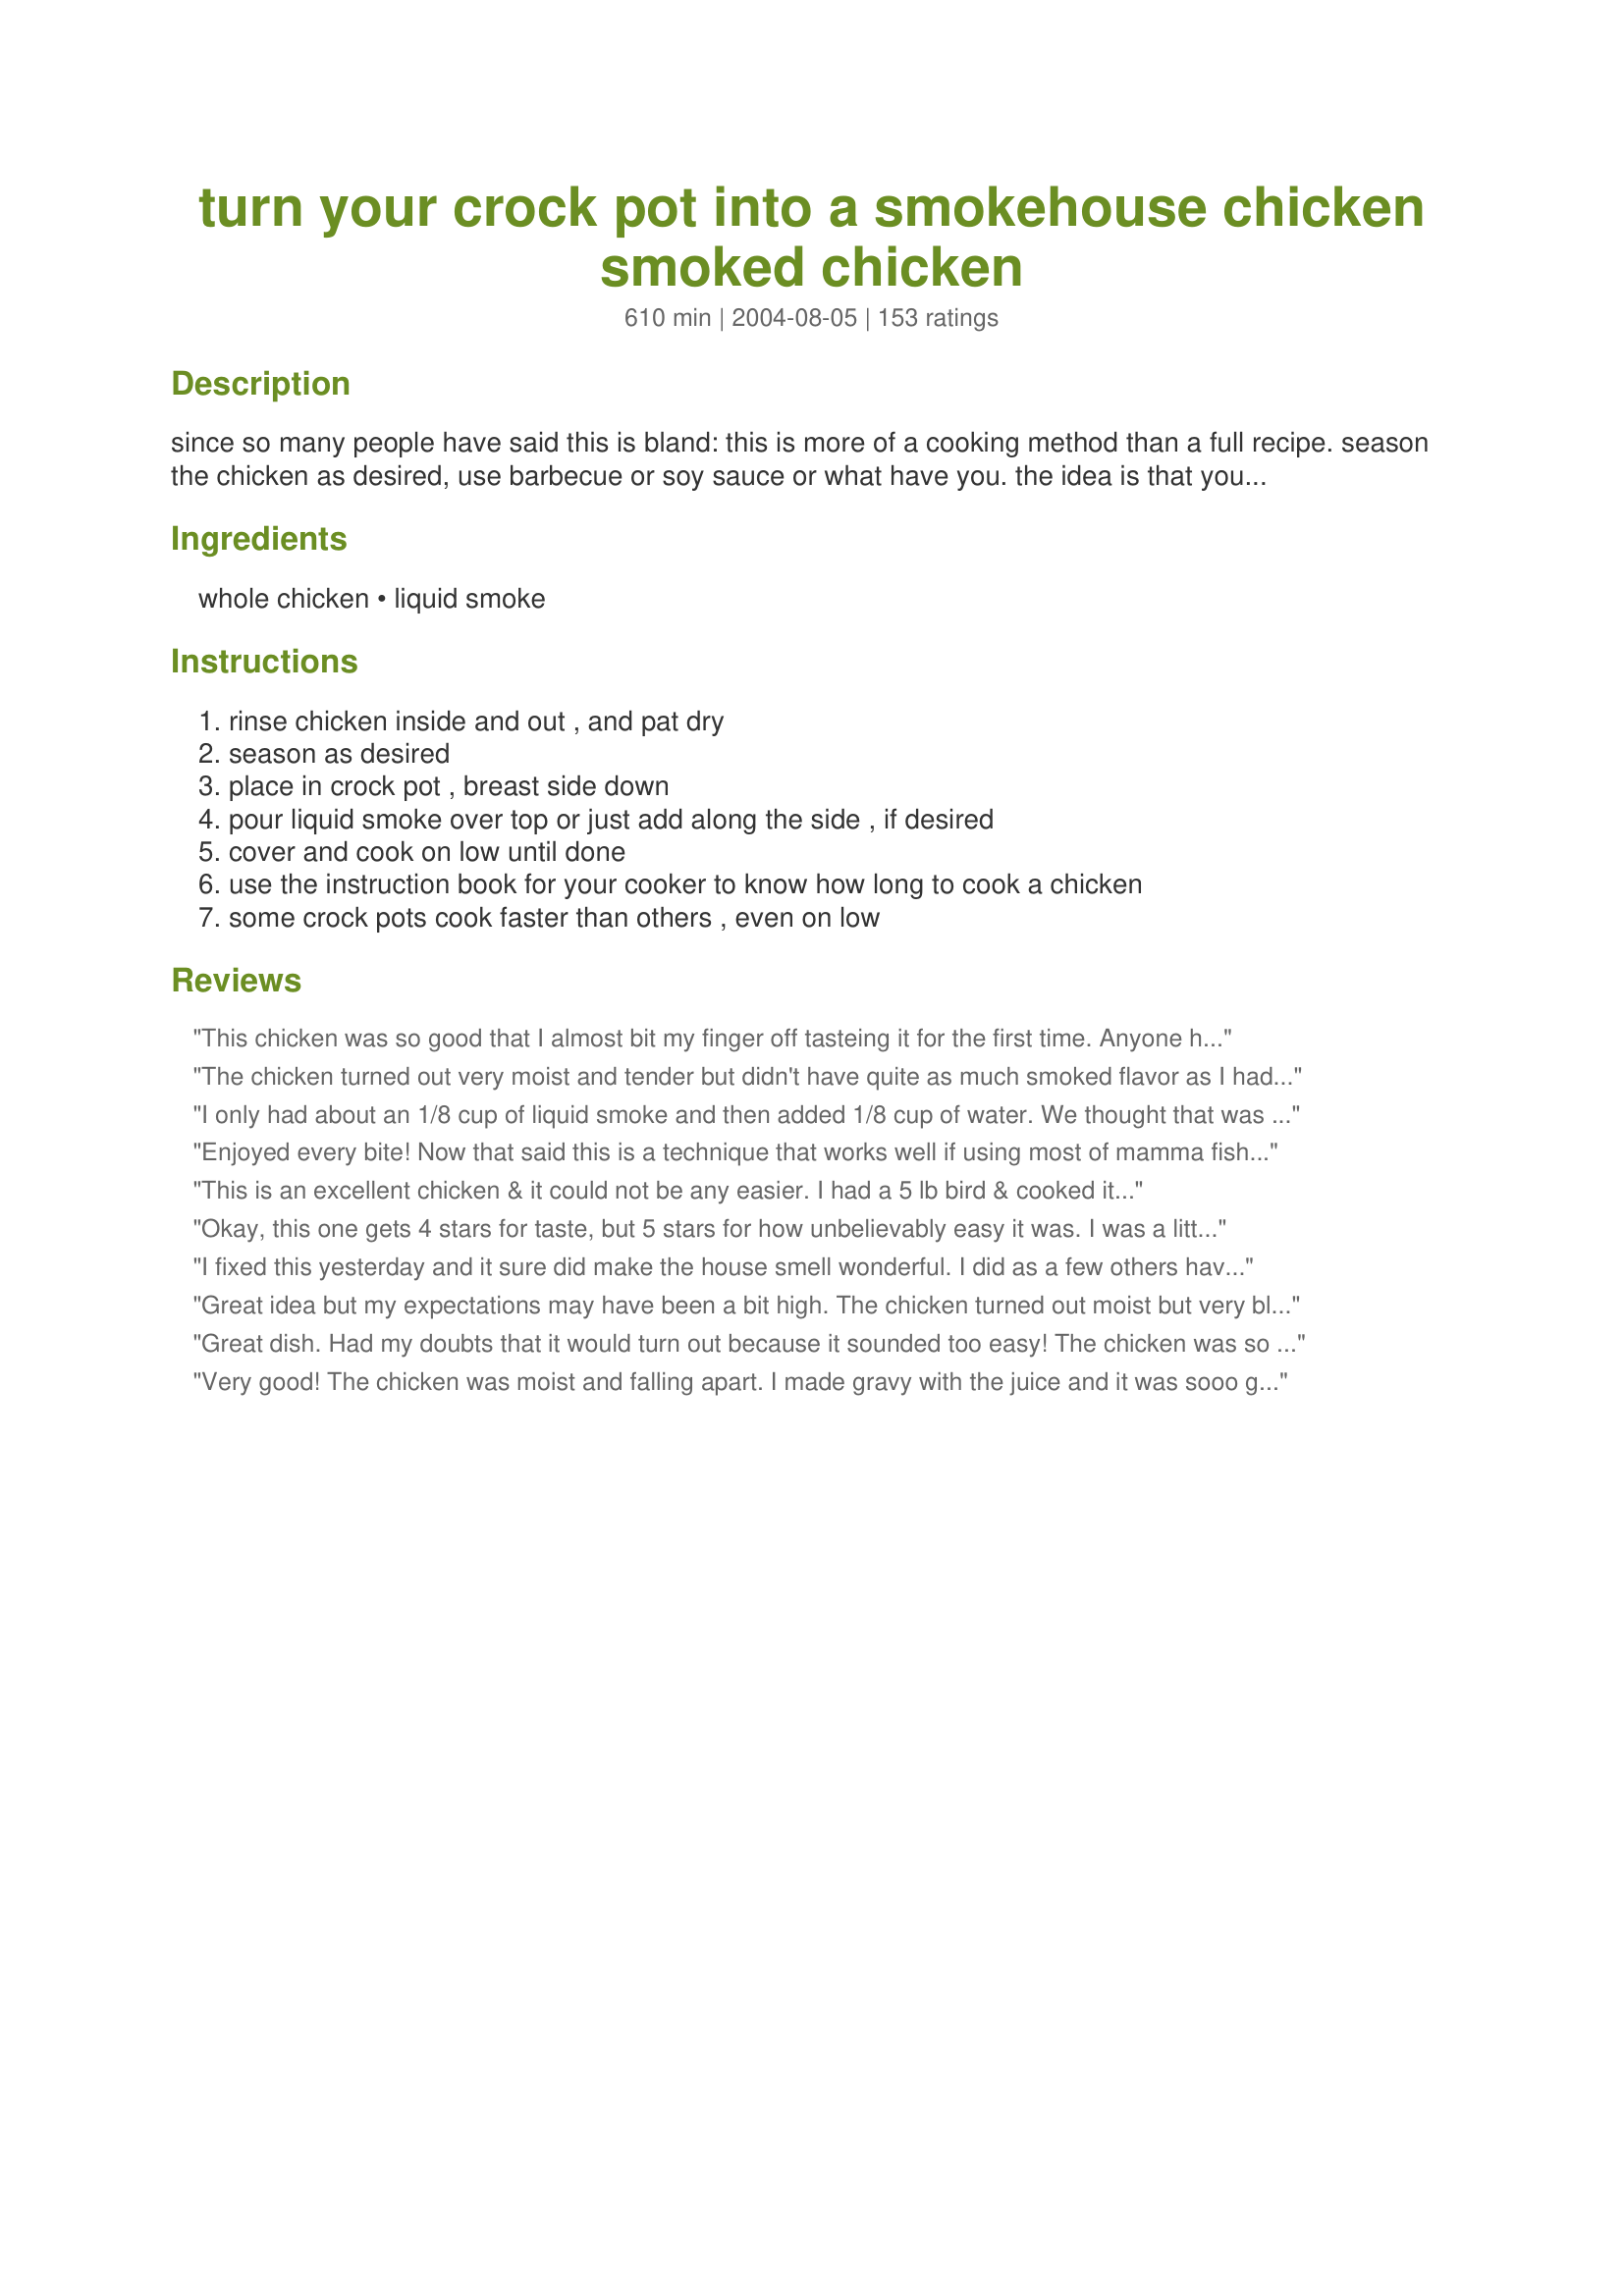
turn your crock pot into a smokehouse chicken smoked chicken
Preparation time: 610 minutes

since so many people have said this is bland:

this is more of a cooking method than a full recipe. season the chicken as desired, use barbecue or soy sauce or what have you. the idea is that you can get "smoked chicken" flavor with just your crockpot. if it turns out bland, then i guess you should have used some more seasoning.

Ingredients:
whole chicken, liquid smoke

Steps:
rinse chicken inside and out , and pat dry, season as desired, place in crock pot , breast side down, pour liquid smoke over top or just add along the side , if desired, cover and cook on low until done, use the instruction book for your cooker to know how long to cook a chicken, some crock pots cook faster than others , even on low

Reviews:
This chicken was so good that I almost bit my finger off tasteing it for the first time. Anyone here ever do that ? Smile. Thanks for the recipe. Terrific! 5 stars!
The chicken turned out very moist and tender but didn't have quite as much smoked flavor as I had hoped for. Might try adding more next time. Thanks for the recipe!
I only had about an 1/8 cup of liquid smoke and then added 1/8 cup of water. We thought that was perfect. It does make the house smell good while cooking. I seasoned my chicken with a lot of seasoning and thought the smoke gave it just a bit of smoke taste. I cooked mine on high for four hours and it was perfect. We all enjoyed this.
Enjoyed every bite! Now that said this is a technique that works well if using most of mamma fishy&#039;s suggestions. Started with a small young chicken that was still 90% frozen, after rinsing and drying seconded inside and out with McCormick&#039;s &quot;Grill Mates Molasses Bacon&quot;. Placed chicken atop a sliced onion and mixed 1 T. Worcestershire Sauce with 1/4 c. hickory flavored liquid smoke and 1/4 cup water and 1/2 a lemon juiced. Cooked on low for 10 hours and sorry no photo as it fell apart coming out of the pot it was so tender. Cooking breast side down is the secret as it kept the breast really moist and tender. Thanks for the post, we will be enjoying again.
This is an excellent chicken & it could not be any easier. I had a 5 lb bird & cooked it on low for 10 hours. I think next time I'll go a bit shorter on the cooking time. This is really, really good stuff!
Okay, this one gets 4 stars for taste, but 5 stars for how unbelievably easy it was.
I was a little skeptical at first, thinking the chicken would stick to the crockpot; but not only did it not stick, this was one of the juiciest birds ever. Flavor was nice; I plan to experiment with different brands of liquid smoke to see if one pleases us more than the others. Very welcome recipe. Thanks!
I fixed this yesterday and it sure did make the house smell wonderful. I did as a few others have suggested, and added some fresh garlic and sliced onions, and seasoned the chicken first. I also pulled the meat out and let it firm up a little in the oven while the rice cooked in some of the broth.(soft,white looking,wet meat not being one of my favorite things) <G>. The next time I will use some skinless chicken breasts as this was entirely too greasy for me; so I didn't eat more than a taste or two. But the flavor sure was great. and so easy. Thanks..
Great idea but my expectations may have been a bit high. The chicken turned out moist but very bland. I used a whole chicken and maybe more liquid smoke or salt would have helped. I'll use the leftovers for chicken salad, though, which I think will be quite nice. Thanks, TBG, for sharing your recipe!
Great dish. Had my doubts that it would turn out because it sounded too easy! The chicken was so tender I couldn't get it out of the crockpot in one piece..that's not a complaint! It was so moist and wonderfully smokey. In my haste to get it going before work I failed to recheck the recipe and actually used 1/2 cup of liquid smoke, which didn't seem a problem. Only thing I'd do differently is add some spices. We will definitly make it again..Thanks for submitting this great recipe
Very good! The chicken was moist and falling apart. I made gravy with the juice and it was sooo good over mashed potatoes. The only change I would make is to season the chicken a little more...I may try brining it next time. Thanks for a great recipe!
Fantastic!! My husband ate like a pig. I did't think he would even like it. I used leftovers in chicken crescent rolls. YUMMY! I had a 5lb. chicken and cooked on high for about 5 hr.
Excellent. I too added some seasoning salt and pepper and tossed an onion into the bottom of the pot. I made orzo with the juice and it was just great.
Wonderful recipe! It's so simple and the result tastes like I fussed all day. Even my "I hate smoke flavor" daughter loved it. I will be making again and again. Thank you for posting!
I love easy recipes for busy nights and you can't get much easier than this!! I added 2 cloves of garlic & an onion to the crockpot with the liquid smoke and the resulting chicken will be repeated at our house:-) I made gravy out of the juices to serve with mashed potatoes...another hit with my family. Thanks for sharing this recipe.
Very easy to make and very tasty! I got a late start on it and realized my chicken wasn't all the way thawed, so, I ended up cooking it on high for about 6 hours instead of the 10 on low that the recipe called for. It was still very juicy and good. I will definitely be making this again. Thanks for posting, TBG!
Smoky, smoky goodness! I used six large bone-in breasts and poured the smoke right over them. I also added a little worchestershire sauce to the bottom. Hubby came home a little late so it was left in the crock a total of about 10 hours, but it was so good! They fell apart when I tried to take them out so I just shredded into pieces on the plates. Excellent recipe and couldn't have been easier, thank you! 
~Lana~
OMG! This is DELICIOUS and oh so easy! I too have the concentrated smoke and used about 2 teaspoons only. I cooked all day and it was out of this world! Whole family LOVED it! THANKS a MILLION!
Absolutely wonderful! The chicken was so moist with a great smokey flavor. Everyone in my family loved it. I can't believe how easy it is to make. This is a keeper! Thank you!
This was GREAT, even better than chicken off the grill. I used breast and wings only. Can't wait to try it with ribs.
Delicious. My liquid smoke did not have salt and I did not add any. So far, I have enjoyed this chicken with vegetables warm and cold in a sandwich with BBQ sauce. YUM! Thanks for sharing with us.
Very good recipe. I made this yesterday but I used five chicken breasts instead of one chicken. It made a ton of broth for gravey. My husband, who hates chicken, acutally loved this recipe. Awesome Bobbie Girl!!!
This was good. The skin of the chicken ended up a little crispy, which was maybe due to overcooking? Either way, the taste was very good.
This was a very easy recipe for dinner tonight. Couldn't wait to eat the chicken, with the aroma flowing through the house. The chicken had a mild smoky flavor. 
My family really liked it. Will be making this again.
This was great! Thanks!
MMMmmmm! What a great easy recipe. I started my University classes again today but also wanted to have my parents over for my mom's birthday. I put 2 chickens into my large crockpot and used 1/2 cup of the liquid smoke. I put crockpot stuffing recipe#49609 in my other crockpot added a few sides and served Autumn Apple Pie for dessert recipe#72672. We ate very well and I did not spend all day slaving over a stove. The chicken was so moist and tender. Thanks for sharing this recipe. 

WOW!!! If I can please everyone at my table it's got to be GOOD. This chicken had a wonderful flavor and was so simple to prepare. Thank you.
I made exactly as directed using liquid smoke that did have added ingredients, but we still enjoyed the flavor. The ease of this dish is quite attractive to a working woman. I wil be making this again!
Call me crazy, but I had to do it. I had a fairly significant kitchen fire within the last few days and have been reduced to cooking with only a grill, a crock-pot, and a coffee maker. When I saw this, I figured I'd try, as it seemed to fit the "theme" of my house currently (smoke-y!).
This is fantastic: fall-off-the-bone, tasty, and actually makes the house smell better!!!
Thanks for a great recipe, TBG!
review #80 loves the recipe too. we don't eat dark meat so I put 3 whole chicken breast in the crock pot and they could not have been more delicious. leftovers, I don't think so, not with this wonderful recipe, next time maybe.
Hail the genius TBG!!!!!! This is way too good to be true! I cannot believe that this was SO simple and SO good! I seasoned my bird with garlic powder and some seasoning salt before I poured the liquid smoke over and turned on the crockpot! I will make this every chance I get. Not only is the chicken incredibly moist and just lightly smoky tasting but making gravy from the drippings is super! How would have thought something that takes all of 2 minutes to throw in the crockpot could be so gosh darn fantastic! Another Zaar MUST try recipe!
My entire family loved this! I think it turned out perfect I didn't add salt but the meat was so flaverful that I didn't need to. I will be making this often. Thanks for a great recipe.
This chicken was fantastic and so easy! I could hardly get the chicken out of the crockpot in one piece. It was incredibly juicy and tender. We had the levtovers for lunch the next day and it was great even a day later. This is a wonderful weekday meal; just add a side of rice and vegetables and it's finished!
I found the flavor of this very bland, not at all what I had expected.
Not a fan of the recipe. The chicken was tender but not much flavor. The smoke smell is overpowering.
Didn't get too impressed with this...UNTIL we had the leftovers! OMG! Delicious when cold, makes fantastic sandwhiches,fajitas,scrambled eggs, and omlets.
Thanks for this new recipe!
This is so simple... you have to love it. I used a 1/2 cup of smoke: 1/4 in the cavity and 1/4 in the pot. I also found that I needed to add some kosher salt toward the end for a little extra flavor. The result was great and the leftovers were even better.
This was a wonderful dish...and you are right the gravy that it makes is amazing! Thanks for sharing.
WOW! Thanks for this recipe! I put it in the crockpot last night and took it out this morning. It fell completely off the bones! Brought some to work for lunch and YUMMY!!! Didn't even wait until lunch time! Can't wait to have more for dinner!
Super easy fall off the bone chicken. Nice to come home and have dinner ready with almost no prep. I did put the chicken on a layer of thick cut onions and stuffed one inside, then turned it out when done into a baking dish to broil just to crip up the skin. Thanks for the great recipe!
This was a very interesting recipe. My sons thought the chicken tasted good, but didn't like the texture. I many have cooked it too long. Next time I will try for a shorter time. I believe 10 hours may be too long for our family so I will have to experiment. It was easy though, and I look forward to trying it again. I might find some tips from others reviews when I take the time to read them.
This was excellent! Everyone liked it - that is VERY rare in my household. I made gravy with the liquid and it was wonderful over mashed potatoes. I generously seasoned it with salt and freshly ground pepper and poured the liquid smoke all over the bird including inside the cavity. I cooked it on low for about 8 hours and it was falling off the bone. YUM! I can't wait to make the leftovers into chicken salad! Thanks for posting!!!!
Add me to the 5* list, this was wonderful! Came out juicy with, believe or not, almost crispy skin. I cooked it for 10 hours and we had it with HeatherFeather's Lightened Scalloped Potatoes, recipe #97648, and some corn....perfect combo! Effortless dinner, priceless. Thanks BobbieGirl for making my life easier tonight :)
I could not wait to try this recipe especially since it has such rave reviews AND was so easy. After cooking it according to the instructions and even salting the chicken inside and out, it was very bland. I could barely taste the smoked flavor. However, I will try it again with a few changes. Next time I will take some others advice and add some seasonings to it like fresh garlic.
Very, very good chicken. At first I thought the liquid smoke flavor would be overwhelming, but it was not. Just a hint of the smoke flavor. I tried to get the whole bird out of the pot to photograph, but it fell apart. I will cook this again when I crave smoked taste and it's too cold out to fire up the smoker. BTW one chicken, two adults, no leftovers! Thanks for sharing!
5 stars more for the ease of this than the taste. 3 1/2 to 4 stars for the taste tho. I salted it and glad I did. Its a great way to make chicken to use for other things. I used it to top some salads for lunch. It didn't take the full 10 hours, it was falling apart at around 8 hours. It wasn't as smoky as I thought it would be, not necessarily a bad thing tho. DH liked it very much. I'll be making this again. Thanks for posting.
Great idea! This was so simple and turned out great! I threw some sliced garlic into the pot, and salted/peppered as some others have said to try. Also a good idea to add onion and 1/2 of a lemon. The whole house smelled like yummy smoked chicken. I used the chicken to make enchilladas (thanks to MizzNezz for that recipe) for lunch today. Thanks Bobbie!
This was great. I added some seasoning before putting in the crockpot then added the smoke flavor and let cook for about 6 hrs on high. Served it with mashed potatoes, salad and corn with gravy made from the broth in crockpot. Extremely good.
Sorry...we really didn't like this recipe. It scores points for being easy enough for my husband to throw in the crockpot while I'm at work, but it turned out pretty flavorless and dry. I didn't look forward to my lunch of leftovers the next day.
Make sure the bird is completely dry before you put in the pot, that made the great deal difference. Great dish.
I can't believe I have not written a review for this recipe before now. Beyond easy to make-comes out perfect every time. I do lightly salt the chicken as well as dust with granulated garlic. I use this "smoked" chicken recipe all winter long for whole meal salads as well as paninis. It's a rockin' recipe!
I felt this chicken was a little bland.. but would taste good served cold with a chicken ceasar salad or something.. but it did lack a little spice to it.. definitely tender though
I think some of my reviews have vanished! This is really good and so easy. Friends who have eaten this always ask for the recipe. Thank you so much for posting.
This was extremely good. I've never had hickory smoked anything before. Bottled BBQ Sauce doesn't count ;) I followed some previous suggestions, and changed a couple of things. Don't know that it made a big difference from the original, as I hadn't tried it that way. All I know is I *will* be making this one again. I sprinkled black pepper and garlic powder in the cavity as well as under the breast skin. I then stuffed inside with some leftover recipe #220408 I was saving to have for lunch. I then sprinkled the outside with McCormick Red Pepper and Garlic Mix. Because others had commented on the amount of juice, I followed another method recipe #182629, and set the bird, breast down on top of inverted foil tart tins. This kept the meat out of the sauce. I then sprinkled it with the liquid smoke. I probably only used about two tbsps, but with the other stuff on there, I didn't think I would need the original amount. Worked like a charm. After 5 hours (small bird) it was done. I lifted it out with the help of a slotted spoon and put it in a pan breast side up in a 350* oven for about 3/4 hour to crisp up the skin. I gotta tell you, with the combination of the stuffing, spices and smoke, we had one heck of a good meal. I served it with Recipe #189852. Another terrific recipe. Thanks for the post. I may not have follow your directions completely, but if it wasn't for you......I wouldn't have done any of this. Cheers!
This was really good. I was skeptical as most, but it was as if I had smoked it outside--without the mess. I brined chicken thighs in strong salt water for a couple of hours then rinsed and patted dry. I then seasoned them as I normally would and set them in the fridge overnight. Put them in the crockpot on high for about 5 hrs and then crisped the skin under the broiler. 2 thumbs up from all 10 hands here! LOL
This is Great! The chicken was large but cooked in about 8 hours.
The smoked flavor was more pronounced in the dark meat and light smoky flavor in the white meat. We liked it so much we ate sandwiches with it the next day. 
I also froze some for another meal.
Thanks for posting.
Great, EASY, recipe! I added the garlic as some suggested and seasoned salt. I used a whole chicken and it cooked up great. Difficult to get out of the crock because all the meat just fell off the bone! Made a 5 dollar chicken into a great meal! Thanks Bobbie for sharing your recipe!
This was phenominal!!! The delicious smell of this cooking all day drove us wild. I used 3 lbs of chicken leg quarters (skins removed) and they came out so moist,tender and full of great smokey flavor! (I seasoned the chicken, too.) I made gravy from the drippings for mashed potatoes. The whole meal cost less than $2.50 and We-Ate-Like-Kings! Thanks so much for this recipe!
This is absolutely DELISH! This has to be the fastest and easiest recipe ever - cheaper and quicker than fast food! I bought a whole chicken for $3 and the liquid smoke was 88 cents. This was so tender and juicy, the meat just fell off the bones, and it smells so good. I prepared this exactly as the recipe states. Takes 2 min to prepare and you are done. I'll be making this one a lot - thanks so much!
This was SOOO easy and so incredibly good! The chicken came out very moist and tender and with such wonderful flavor! Thanks for sharing this - I'll be making it again, soon!
I wasn't really impressed with this! It was way too smokey, and it was kind of greasy. It's not something you want to make when you are craving a piece of chicken cuz it just falls apart. I actually used the chicken in a salad and it was good that way.
Three words sum up this recipe: TO-DIE-FOR!!!! So good!!! I sprayed the crockpot with cooking spray, put 1 1/2 large onions, sliced, on bottom of the crock, then added the chicken that I had coated well with kosher salt,coarsely ground pepper and McCormick's 'Grill Mates Montreal Chicken Seasoning'. (Rubbed some of the salt & pepper under the skin of the breast and also sprinkled inside the cavity). Used about 1 or 2 T. Worcestershire Sauce 1/4 c. hickory flavored liquid smoke, 1/4 c. water and then squeezed 1/2 a lemon over top and then stuffed it into the cavity. Cooked on LOW for 12 hours. YUM-O!!! Thanks for this wonderful cooking technique ThatBobbieGirl!! It's a keeper. NOTE: This was not overly "smoky" or bland at all!
Neither my kids or my husband were dazzled by this. I made a pot pie out of the leftovers but the initial chicken was not a winner
I cooked this the other day and we loved it. My neice wants to cook it for parents. Excellent!!!!!!!!!!!
Orignally, I was going to give this recipe only 4 stars, because we had this chicken hot out of the crockpot on Friday night, and you know what? It just wasn't that special. BUT... there's a very important BUT in here, pay attention! But... we had the chicken cold the next day, and it was wonderful! I followed the advice in TBG's edit of the recipe and check the ingredients of my Liquid Smoke and saw that it did contain salt, so I left that off the chicken. I did add a good amount of paprika, since I'm Hungarian and can't make anything without paprika. I cooked it in the crock on high for 4 hours and then on low for 4 hours. We are most certainly going to have this over again, as a cold dish, for sure! Thanks, TBG, it's another winner!
This was the first time I ever cooked a whole chicken in the crock pot, and it was AMAZING. Its just me & my husband, so I cooked a 3lb chicken for 6 1/2 hours on low. It was so moist and tender and fell right off the bone, so nothing went to waste as it usually does when I buy a rotisserie chicken. I never had smoked chicken before so I cant say if the smoke flavor was enough or not, but I liked it...Add whatever seasonings you usually like on your chicken...you wont be disappointed!
The house smelled so heavenly as this cooked, my kids almost couldn't wait to eat! I set my crockpot for eight hours and it seemed a little overcooked, it didn't just fall off the bone, it fell off in little shreds that was great for bbq sandwiches but not so great for slices of chicken. I would love to try this method with RIBS.
My family thought this recipe was very good! The only thing I done different was use Paul's Seasoning Mix #106428 to rub on it before I put it in the crockpot. The smokey flavor comes out in it the next day even more. Can't beat this recipe! Thanks for posting.
After reading many of the reviews, I decided to cook my bird covered in the oven. I rubbed the chicken with kosher salt, garlic powder and hickory smoke flavor powder (from Great American Spice Co.). I poured the liquid smoke in the bottom of my blue enamel chicken roaster and added a small amount of water. It was done in about 2 1/2 hours for a 4 pound chicken. I did baste it a few times during the cooking process. I always leave the skin on as it keeps the meat moister. It was really good and I didn't notice that the house smelled too smoked up after it was done. I love smoked meats, but always wonder if they are "really" cooked through. Hubby thought it was wonderful. Bobbie Girl, thanks for a great idea! I will be making this one again!!
Yum! Only change I made was adding a bit of Rotisserie Chicken seasoning, and used chicken breasts instead of whole chicken.
I love it too! I didn't know what exactly to do with the "juice" so i put it in a saucepan and made rice with it and it is almost as good as the chicken itself! I took the chicken out of the crockpot and let it crispen up in a very slow oven for about 45 minutes and this is just amazing, thanks so much!
Wow. That's all I can say. So easy, yet so rewarding. This chicken fell to pieces when I tried to take it out of the crockpot. Hubby raved over the aroma that drifted throughout the house as this stuff cooked. I doused down chicken breasts and thighs with poultry seasoning, a little salt & pepper and then added the liquid smoke. Good one.
Wow! Okay this was gooood. I left it in the crockpot for 8 hours and came up with ALOT of liquid. I couldn't get the bird outta the pot in one piece it was so tender. I could only find concentrated liquid smoke so I ended up using 1/8th of a cup and cutting it with water. I sprinkled some Emeril poultry seasoning on it and it was tasty.

The liquid that was left, I used to make rice, shredded what was left of the chicken and tossed in a small can of mixed veggies. This turned into and excellet dinner the next night!
Made this on my birthday for an easy meal after supper. It was delicious, and I used the leftovers to make chicken salad.
I tried this recipe long ago, and have subsequently made it many times with great pleasure. It was not until today that I realized I had never rated it! The only reason I caught my failure to review and rate is that today I tried this same method with a Boston Butt Pork Roast. To my delight, it turned out just as superb as the chicken did!!! This is way to easy with either chicken or a pork roast to be as tasty as it is. With the pork roast, I ended up with WAY more juices than I did with the chicken...which is quite alright with me...just more sauce to thicken and serve over rice or mashed potatoes! I'll have bunches of "gravy" to put in the freezer with some of the pork for quite a few future meals(I don't think it will last very long, though). Thanks ThatBobbieGirl for a real keeper, and one that I am sure I'll ALWAYS enjoy!
This worked out alright. Next time I will add onion and some more seasoning. Also I used chicken breast, next time I will make sure that they are facing down in the pot.
We enjoyed this dish very much. The house smelled terrific during cooking. The only thing I would do, as mentioned in other reviews, is to add seasoning to the chicken. We served with rice cooked in chicken broth and a green salad. Very yummy!
I'm sorry, but I followed the directions exactly. The chicken was extremely tender, but the taste was worse than bland. I am using the leftovers in a casserole tonight. I will use the general idea again, but put seasoning on the chicken first. Thanks for sharing your recipe; maybe it's just a difference of taste!
This is incredibly moist chicken - a lot like rotisserie chicken. Also, the juices really did make excellent gravy. However, I unfortunately have to agree with those who said the meat was bland. I even basted the bird a couple of times while cooking, including squirting some of the juice under the skin! I tucked a halved orange and some garlic inside the cavity, and THAT was what we tasted. Maybe putting some Liquid Smoke in the cavity would help? Even though I was disappointed with the flavor, I had never cooked a whole chicken in a crockpot before and I was very happy with how tender it was, so I figure that and the good gravy is still worth a good review! Thank you
My first recipe ever made from this site and the whole family loved it! After reading reviews I decided to pull the skin from the breast, put two pats of butter and lemon pepper rub underneath. Also put an onion in the cavity with some butter, covered the whole thing with lemon pepper and garlic powder and through a lemon cut up into the pan. Turned out GREAT. I also cooked the last hour in a slow oven to brown. We loved it!
I hate to be the bad apple in the bunch but my entire family was very disappointed. We thought the flavor was too bland. It needed some seasoning or something. I ended up heating some soy/ginger sauce up and pouring it over it so that we could eat it. Very disappointed.
I made this for my husband and he thought it was really good in a sandwich! I'm a vegetarian - I just cook the stuff! :) I seasoned it with salt, pepper, garlic powder and Lawry's seasoned salt. Next time they are on sale I may do chicken breasts (with skin and bones, not skinless) because it would give more meat for the effort. For the people who said it smelled up the house - I could smell the cooking a little, but no more so than any crock pot recipe. I think your crock pot may not seal correctly.
Well we all loved this recipe but I didn't think it was "smokey" enough. The gravy was phenomenal with mashed potatoes, I will be making this again but may add more liquid smoke.

Thanks for the recipe! I used a bone-in chicken breast half rubbed with Penzy's North Woods Fire and cooked it for about 4 1/2 hours in the crockpot. It worked very well and I'll definitely try it with a whole chicken next.
Super easy to do, I used a rosemary garlic rub, but I think a cajun rub would be even better. I put it in the crock pot in the morning and had dinner waiting when we got home after a long day. Served with red new potatoes and roasted corn.
This was SO good and easy! The meat was very tender. I rubbed the chicken with salt and pepper as suggested and also sprinkled some Mrs. Dash Garlic and Herb seasoning on it. Very good recipe and we all liked it a lot! I was going to use the leftovers to make another chicken recipe...I didn't have enough because we ate so much! Thanks and I'll definitely make again!
Would also recommend using some seasoning on the chicken. I never used liquid smoke before...assumed it's flavoring would take care of it. I have a small crock pot...within 2 hours the meat was falling off the bones. Was left with pieces which i could have used for barbeque sandwiches. Without seasoning first I thought it was bland tasting.
Wow! This is fantastic chicken. From the reviews, I wasn't sure how well this would turn out but I knew that at the very least the chicken would be fall off the bone. I didn't modify the recipe other than to add salt and fresh ground black pepper to the chicken. The 3.5 pound chicken was on low for 5 hours then 45 minutes at 350 to crisp the skin. It turned out a beautiful mahogany colour. There were also 2 cups defatted juice that has been reserved. Too tired for a full meal, I picked at the bird with no side dishes and was perfectly satisfied.
This is just delicious and will be a regular on the menu! Thanks for the recipe! It has already been passed on.
I made this recipe many times but find the chicken tastes better the next day cold. Seems like the flavor of the smoke gets stronger when cold.
Well "ThatBobbieGirl" you certainly caught our interest with this recipe!
After reading all the reviews I just had to try it. Amazement is an understatement to the amount of gravy I found when I opened my crockpot this a.m. The gravy was more than half way up the side of what was once a whole bird. The chicken was at 1st glance still resembled a chicken, but as I went to left it out it basically disintegrated into moist, tender morsels of meat. Cooking has been an avocation of mine for many years and I must say I've never seen anything quite like it, especially with only 1/4cup of liquid. When I prepared it for the pot I did add salt, lemon pepper, a whole head of garlic unpeeled and was tempted to add worcestersauce but reframed from doing so. But the gravy and the meat have but the merest hint of smoke flavor. My taste buds had to even search for that. Perhaps the liquid smoke I used was too old. I cooked it for 9 1/2hrs. I will use this method again for whenever I want moist, tender, fall off the bone meat, even for an old rooster, if I could find one. I'm only giving this 4 stars because even with the few seasonings I added it was quite bland. But know, this is a KEEPER and I will be experimenting with your recipe. I am also passing it along to friends. Thank you so much and all of the reviewers before me.

Sorry, too smoke flavor for me.
This was great! The family loved it! DH said, "Don't lose that receipe!" 

I did follow the advise of others...added water and spices that we liked. I also didn't have enough liquid smoke so I just used what I had on hand. 

It was even better the next day!! Thanks so much for this receipe.
I put this on today because I work splits (mornings and nights) and I wanted something easy for my husband to serve. I sampled it before I came to work, and it tasted great. Was ready before I expected it to be however, and made TONS of juice, so much that I moved it into the large crock to make sure it didn't overflow. Will have to adjust the cooking time for my crock (started it in an older one, but I think I had a smaller hen.)

Thanks for sharing!
What a unique and creative way to cook an old bird!! This was marvellous!! And the defatted sauce made a terrific gravy! Love these simple but fabulous recipes!!
This was good and easy to make. I rubbed some onion powder and garlic powder under the over the skin and tucked a onion inside the bird. The amount of juice was amazing and I had to pour some of it out half way through. It wa very moist and tender after 10 hours and as many others reported, fell off the bone. 
Thanks!
Very good chicken. After reading the previous comments about the bland turnout, I rubbed the entire chicken with lemmon pepper and rotisserie seasoning. I also halved a lemon and stuck that in the pot as well. It turned out very moist and tender. I look forword to all the leftovers we'll have this week!
BF and I LOVE smoke flavor, so I couldn't wait to try this recipe. It was very easy to prepare and smelled wonderful while cooking. Unfortunately, it seems that was as far as the "smoke" went. I had added some spices as other reviewers had suggested, and I even put some of the liquid smoke into the cavity of the chicken. The smoke flavor did not get into the meat at all. Even with the other spices I had added, we felt it was quite bland. I gave it two stars for ease of preparation. We both agreed that we would not have this for dinner again. Sorry.
Very Easy!! I cooked this for my next door neighbors for dinner. They love it..I love it. Thank You so very much for a tasty easy chicken. Hugs
Oh Bobbygirl! this made a big hit at my house!They rated this an 8 "would eat every week!
Thanks for making Sundays
easier!
I made this last night using leg quarters.We all liked it kinda taste like a chicken we get at a smokehouse.
This worked out well. I added some chopped onion to the bottom of the crockpot and them rubbed some Famous Daves Chicken seasoning along with poultry seasoning on the outside of the chicken as well as the cavity. I let it cook for seven hours and it was too long, next time I will check at six hours, but didn't make much difference to us, we enjoyed this chicken anyway. Thank you for sharing.
Very good chicken and one of the only successful ways I've made chicken in a crockpot--and so easy too! Thanks for sharing!
I will give the negative point about this recipe first. DH and I had never had smoked chicken, we decided to try this. We discovered that we do not like the smoked flavor. This is our personal taste. If you like the smoked flavor, I believe that this will be the recipe for you. Nothing could be easier and the color was amazing for a crockpot, very much like the photo. Now for the positive, I cooked a 4.5 lb. chicken and it was so moist and tender. I was able to lift it out of the crockpot in one piece. Since we did not want to waste the leftover chicken, I tried TBG's suggestion about making chicken salad. I used celery, pickles, salad dressing and this was very very good. In fact, I am eating some with Ritz crackers as I type this review! Thanks TBG for your contributions to Zaar! Look forward to trying more of your recipes!
This chicken is great!! I mixed onion powder, garlic, olive oil and liquid smoke into a paste and spead it under the skin. I popped and entire head of garlic in the pot and let it simmer with the chicken. Then I took the roasted garlic, mayonaise and a few tablespoons of the drippings and made an amazing sauce to accompany this dish. It is a huge hit!!
First off, I have to say that if you loved smoked meat, this would get a higher review. However, I was disappointed, based on all the rave reviews. I made gravy out of the juice and my family turned thumbs down, saying it was too strong. I put the chicken in the oven as someone suggested and that helped crisp it up. Sorry to be a downer, given rave reviews. Perhaps its simply a matter of taste. My house smelled like a smokehouse and I ended up putting the crockpot outside one the deck.
This chicken was very easy to make but we thought it was rather bland tasting. It also wasn't that moist, maybe my crockpot cooks a little quicker and I over cooked it I don't know. It smelled great but we weren't that impressed with it. Sorry.
I loved the way the chicken turned out brown and crispy, but I did not find the taste to be extraordinary, like most of the reviews promoted. A nice and easy way to make a whole chicken, though, and I will probably make this again!
I agree with Mannymom--I was a little disappointed. But I think next time I'll do this just to make a smoky chicken salad
I know the last thing you need is another rating on this recipe, but I just couldn't resist!!!! I normally season the chickens I am going to smoke with Lennie's "Emeril Lagasse's Essence" recipe #14372, so that is exactly what I did for this one. Then placed in my crockpot, breast side down, and cooked for about 9 hours on low. The meat literally fell off of the bones!!!! It was great. I will be cooking this again.
I tried. Even with all the extra seasonings and I did a lot, this chicken was dry & bland for me. There was a decent amount of juice and it smelled pretty good, but not sure why it was dry. I always use the same chicken and have never had a problem with this brand being dry so it leads me to believe it somehow had the juices sucked out of it. I had to salvage it by putting it on sandwiches using a lot of toppings to offset the dryness of the chicken. Guess it works for some and not for others.
So easy just put the chicken in a crockpot lined with a slowcooker bag with the liquid smoke and 8 hours later it was done. The meat was falling off the bone tender and juicy. Served with rice and made gravy from the juices. YUMMY!!
To much liquid smoke! I would add 2 TBLS to 1/4 cup of water, add some cayenne pepper and then follow directions!
I thought this was pretty good... and sure was easy enough. After I took the chicken out of the crock pot I refrigerated the liquid and the next day skimmed off all the fat. That tasty liquid is now frozen awaiting my next pot of spicy black bean soup!
This is a very tasty recipe. We loved it. It has a nice smokey flavor to it, it fell right off the bone as we were trying to remove it from the pot. Every one loved it... Thank you for sharing.
YUM!!! I don't think I'll ever buy any rotisserie chicken anymore since I can make this myself!

I seasoned the chicken w/ garlic salt & pepper inside and out. Like the others said, I added water and worcestershire sauce. It turned out awesome. The chicken was so soft that the meat was falling off the bones!
I read all the other reviews, since a few said it was bland, I added onion to the bottom of the pot and seasoning. The bird is very moist, but bland. Would not do this again. I would opt for more flavor.
This was quite easy to fix and the chicken was falling off the bone but it needed more flavor to me. So after taking the chicken out of the juice I added hickory smoked salt and a bottle of sticky fingers BBQ sauce to the juice. I added the chicken back without the skin and bones and let it soak up the juice/sauce mix. This still had the "smokey" flavor to it and it turned out pretty good.
I used frozen pork chops instead of chicken. It was really good except it needed salt.
This is a fantastic recipe,I never would have come up with it on my own.I did add more smoke than suggested,and some season salt.I made the rice like Tahiti suggested,it was incredible.I like to bake my rice so I just added enough water to the juices to make 2 cups, some dry minced onions,a little more season salt.what and effortless meal.Thank you.
I used six large boneless, skinless chicken breasts that were partially frozen. I poured the 1/4 cup liquid smoke over them as the recipe stated, then I poured about 1/8 cup worcestershire sauce over them. I cooked them on high approximately 3 hours. They were falling apart tender. So simple. ThatBobbieGirl, I thank you for sharing such a simple recipe for a delicious entree.
We loved it. I usually don't like liquid smoke at all but bought the one without the other ingredients. I think it made a big difference in taste. The house still smells good and I can't wait to make salad tomorrow.

This was wonderful! It also got rave reviews from my 10 and 12 year olds, so that's definitely a plus! I just used bone-in breasts, as it's what I had. I was looking for a way to cook them without heating up the house. I did add a bunch of seasoning along with the liquid smoke (black pepper, season salt, garlic), so that's why only four stars. The meat was moist and very, very tender. I cooked four breasts four hours on low and one hour on high. Perfect! Will definitely be doing this again! Thank you :)
I really liked the smokey flavor of the chicken, especially on a sandwich. I did add garlic and onion, as suggested by another reviewer. I will make this again, but plan to use skinless chicken breasts as the sauce was very greasy from the fat/skin of the whole chicken.
oh, perfect! I actually used (not even quite) a pound of boneless, skinless chicken tenders that I had wanted to cook for shredded chicken, but I wanted to try something new. This was the right choice! I seasoned them with Mrs. Dash for chicken, used one tablespoon plus one teaspoon of liquid smoke, a dash of worcestershire, and a bit of water and had them on low in my mini-crock pot for about two hours. It worked wonderfully, thanks for the great idea!
I was so excited to try this recipe with all the great reviews it was given. I was a bit disappointed with the flavor - it was a bit bland. However, I did dilute my liquid smoke with water because it was concentrated. Maybe I shouldn't do that next time. Also, I used a 4 lb. chicken and kept it in the crock for about 9 hours. It was too dry. I think 7 hours would have been perfect.
This was great to come home to last night. Very easy - chicken was done after 8 hours. Next time will experiment with some herbs... 

Thanks for sharing!
This was really good! I used an entire bottle of Liquid Smoke and also added some garlic powder and seasoning salt to the chicken. I cooked it for 10 hours. I tried to pick it up out of the pot to place it on a plate to take the meat off and couldn't because the meat fell off the bone, so tender! This made a great supper for my low carb diet and I can't wait to eat it for lunch tomorrow served over a salad. Thanks for posting!
its okey, found it quite bland, i think the chicken needs to be rubbed with some seasoned salt or something.
Very Good! This turned out very moist with a mellow smokey taste which was perfect for our family. If you want a lot of smoke flavor, this is not for you. Taking other reviews, I seasoned quite a bit with garlic and Mrs. Dash seasoning. We make BBQ chicken sandwiches the next day.
This was wonderful! Sooo easy and the chicken was tender, falling off the bone, and so flavorful! I used the leftovers to make homemade chicken noodle soup and it gave it a wonderful flavor. Thanks!!
Bobbie Girl, this recipe has great flavor. I made the chicken last night, and figured I should give my review as well. After reading some of the other reviewers, I did season the bird with some kosher salt, black pepper and garlic powder. Instead of using just the liquid smoke, I intended on adding some chicken broth to the pot. But I only had beef broth, so I used that. I know that probably sounds weird, but it worked! So I poured some broth into the bottom of the crockpot, along with some liquid smoke. Then I placed the seasoned bird in (breast side down). I also added some sliced onion and placed it around the bird. Then a sprinkled some more liquid smoke on the bird. It was really outstanding! I think I'll make some smoked chicken salad today with the leftovers! Thank you for sharing such an easy and tasty recipe, TBG.
--Marla, AZ
O WOW! I couldn't believe it wasn't smokehouse. Soooo Good!! I used a turkey breast; pulled up the skin; mixed minced garlic, sage, sweet basil with a little olive oil. spread that on the breast and pulled skin back into place. Cooked for 8 hours, breast side down. O WOW again...got rave reviews? ThatBobbyGirl, you're a cooking genius! Thanks for sharing.
I have to say this recipe didn't go over really well at my house. I really wanted to to turn out well too! It just wasn't a flavor my family liked that well. Plus it had a very strong smokey flavor in the house all day. I would also like to make the comment that the chicken should be salted, and I NEVER add extra salt to things. I think part of it was that the fryer chicken we got ended up being pretty greasy. I've used fryers before, but they haven't ever really turned out like this. I think the only reason I gave it as many stars as I did was just because it was so easy to throw it together. I used the extra juice to make the rice like someone else commented, but I couldn't even eat any of it...flavor was just too strong.
Great! Added lemon pepper on the skin and some salt like what others have suggested. Plus 1/4 cup water and 1/8c worcestershire. Everyone ate it. Thanks!
A very good recipe. I tried the rice suggested by the other reviewer. A very strongly flavored rice. This is a wonderful recipe that lends itself as a base for other dishes.
I just saw this last Friday, made it on Saturday. Oh, my this is truly wonderful. DH loved it. Thanks
Perhaps I should have taken time to read more of the 124 reviews! It wasn't exactly what I envisioned, but we were pleased. I did rub the chicken with salt and pepper as some others advised; and at 8 hours the chicken was falling off the bone. Next time -- I'll pull the skin because too much of the smoked flavor was lost when that was removed. July edition: perhaps someone else in the 124 reviews has already tried this but I've not taken the time to read them all. I tried this with a pork loin and it was wonderful! I did add about 1/4 cup of water because the pork loin was so lean.
I didn't have enought liquid smoke so used half worster sauce - my chicken was about 5 lbs and was mush when done -even the bones were mush which made deboning for children's sake a hazard cuz it completely fell apart like no other bird I've done and yet the breast meat was dry so guess it was definitely overcooked. Sorry but would not smoke again like this but stick to the original smoking methods.
this was very moist, melt in your mouth moist. Had a very good flavor but I think next time I will try a tad more spice and a little more smoke flavoring. Very good. Will definetly make again.
You out did yourself with this recipe. I was very much surprized by the reviews that this chicken was bland. It not only had a wonderful smoke flavor but it just fell right off the bones. I cooked a 7 1/2 pound chicken in my Rival Slow Cooker on Low for 10 hours. Yes, I couldn't just pick up the whole chicken to remove it from my slow cooker because it just fell apart. I found this to be a good thing. My whole family loved it. I served it with Cream Cheese Mashed Potatoes and made a chicken gravy. I didn't think I would like the smoke flavor from the drippings for my gravy so I just cheated and used a packet of chicken gravy. There is no need to add extra broth or water because the chicken does make its own. Compared to oven cooking where the moisture escapes this isn't the case in slow cooking. This is why there is a little more fat in the drippings but the problem can be solved by just skimming off the top. The best way to remove fat from soups and other recipes is take a large lettuce leaf and run it across the top of the broth. Instantly the fat is gone. Next time and I mean there will be a next time, I will use a BBG rub to change it up a little. Thanks for posting.
This was very good and smelled wonderful cooking. Based on other reviews, I used a whole bottle of liquid smoke and a couple of tablespoons of herbs. The chicken was very tender. My god, the liquid left over was heavenly. I can't wait to explore all the ways I can use it. When I make this again, I will definately use more salt and herbs.
I was so curious about this recipe after reading all the reviews. Well, I have to say I have never eaten better chicken cooked in a crockpot before - ever! My son ate half the chicken himself! I put one peeled onion in the cavity and sprinkled garlic pepper over the chicken in addition to the liquid smoke. I cooked it on high for 2 hours and then on low for 4 hours and it was perfection! Thank you for a great recipe.
Maybe it was the liquid smoke we used, but this wasn't as impressive as I had hoped. It gave a nice warm taste, but nothing as intense as I had expected, given the reviews.
This was one of the easiest recipes that I've tried - the flavor was excellent. The chicken tasted like I'd worked all day. Thanks for sharing.
My husband said this was good. Next time I'll add more seasonings, thanks for a different recipe!
This is a great recipe and to my great pleasure it worked. I cooked my chicken at HIGH for 4h15min and it came out perfect. I did put salt in and out of the chicken prior to cooking. I made sandwiches with the chicken and everyone tought I had bacon in there... Fools! It my own smoked chicken... If you invented that recipe you really are a genius. Thanks from Quebec, Canada.
I'd really like to do 3 1/2 stars...the chicken prepared as listed was bland. I added the salt, but I wish I had added more seasoning and stuck an onion & lemon into the cavity. The smell is wonderful, and I'm hoping that the leftovers will be great in sandwiches and salads. I may have been expecting too much because of all the reviews...I love grilled and smoked chicken, but this crockpot version just didn't measure up. Sorry. Made for Alphabet Soup Tag.
I used a bone-in whole turkey breast and added garlic and onion. It was very moist. It was even better the next day over salad.

My only big change would be-- plug in the crock pot in the garage. My house was filled with the overpowering smell of liquid smoke for 2 days.
This is a simple and easy way to add new life to plain old chicken. My family couldn't get enough.
I have to be honest and say that I didn't think I was going to like this when I smelled it cooking. I have used Liquid Smoke in other recipes, but only a few drops at a time. I was very pleasantly surprised when I tasted the chicken. I used pieces, and they just fell apart. The chicken was even tastier when it was cold. I would like to have made some chicken salad with it, but there weren't enough left overs!!! Thanks for this wonderful taste treat TBG!!!
I would use this method again just to cook the chicken and use the meat for another recipe, but I didn't care for the flavor much. Maybe I am just spoiled from having smoked chicken cooked on an actual smoker. My husband has a true southern style pit that we cook on all summer, it's the best!
I did use a smokey seasoning salt all over the chicken as well as the liquid smoke and I was really happy with the results. The chicken literaly fell apart as I took it out of the crock pot. One of these days I'll be able to take a whole chicken out of my crock pot without it falling apart! Thanks for a great way to prepare chicken for other meals, and for a great source of about 2 cups of nicely flavored stock!
I give this recipe 2 stars for being easy to prepare but only 1 for taste. It was bland and greasy My family did not like it at all.
So glad I found this recipe! Very simple and exactly the result I was looking for. Thanks!!
